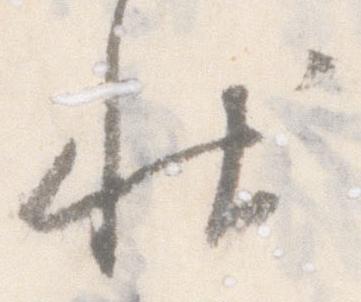
状